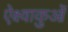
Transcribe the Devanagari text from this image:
ऐक्ष्वाकुओं